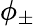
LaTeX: \phi_{\pm}